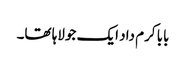
بابا کرم داد ایک جولاہا تھا۔